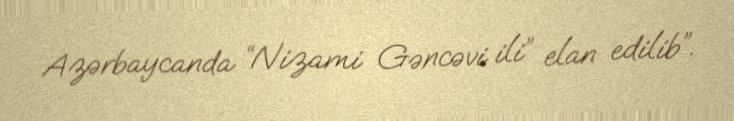
Azərbaycanda “Nizami Gəncəvi ili” elan edilib”.